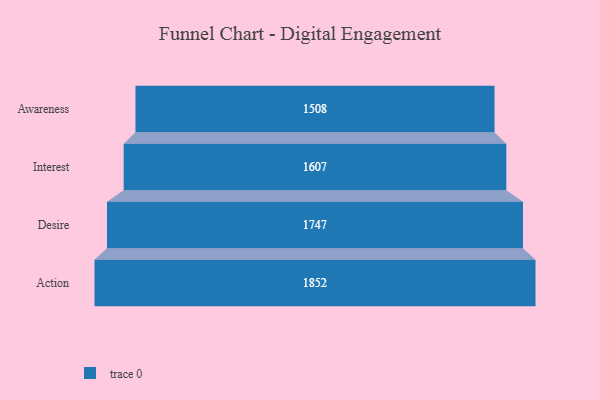
{"axis": {"x": "Stage", "y": "Value"}, "legend": [""], "data": [{"x": "Awareness", "y": 1508.0, "type": ""}, {"x": "Interest", "y": 1607.0, "type": ""}, {"x": "Desire", "y": 1747.0, "type": ""}, {"x": "Action", "y": 1852.0, "type": ""}]}